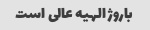
باروژ الهیه عالی است